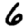
Digit: 6